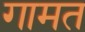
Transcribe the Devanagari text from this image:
गामत